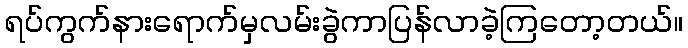
ရပ်ကွက်နားရောက်မှလမ်းခွဲကာပြန်လာခဲ့ကြတော့တယ်။